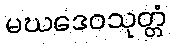
မဃဒေဝသုတ္တံ